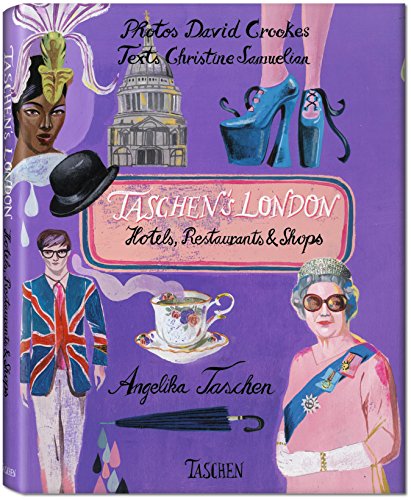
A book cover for TASCHEN's London; Christine Samuelian; Travel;